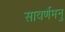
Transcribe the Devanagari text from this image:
सावर्णैमनु